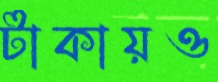
টাকায়ও